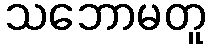
သဘောမတူ